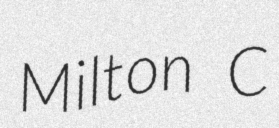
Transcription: Milton C